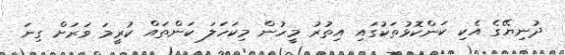
ދުނިޔޭގެ އެކި ކަންކޮޅުތަކުގައި އިތުރު މީހުން މިކަހަލަ ކަންތައް ކުރީމަ ވަރަށް ގިނަ